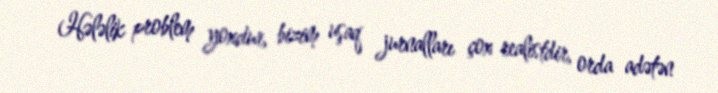
Hələlik problem yoxdur, bizim uşaq jurnalları çox realistdir, orda adətən